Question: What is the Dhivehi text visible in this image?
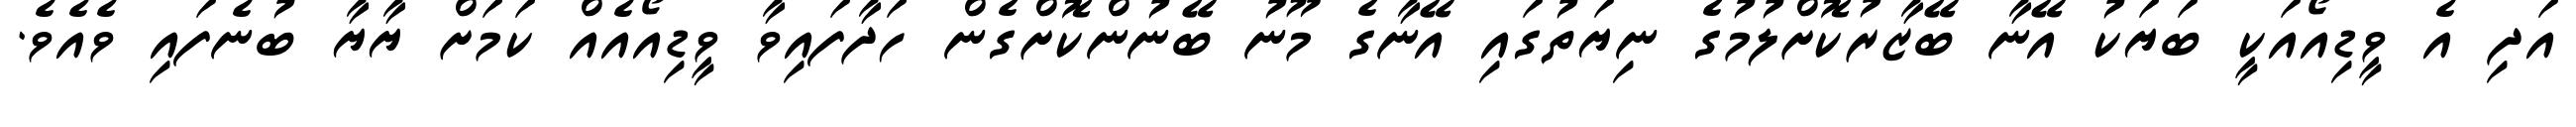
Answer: އަދި އެ ވީޑިއޯއަކީ ބަޔަކު އޭނާ ބޭޒާރުކޮށްލުމުގެ ނިޔަތުގައި އޭނާގެ މޫނު ބޭނުންކޮށްގެން ހަދާފައިވާ ވީޑިއޯއެއް ކަމަށް ޔާޔާ ބުނެފައި ވެއެވެ.